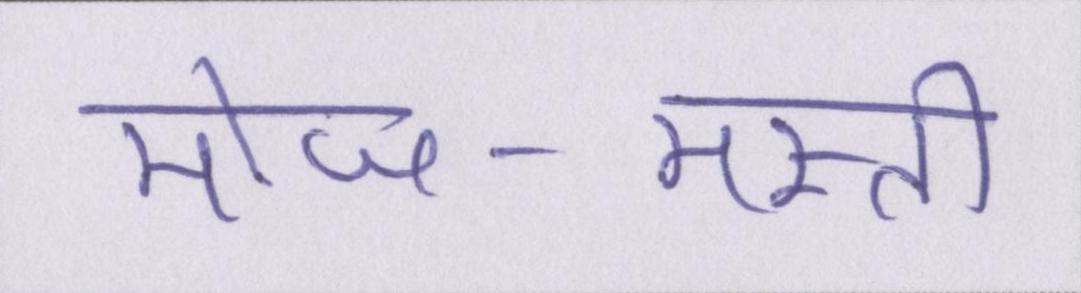
मोज-मस्ती